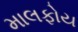
માલફોય